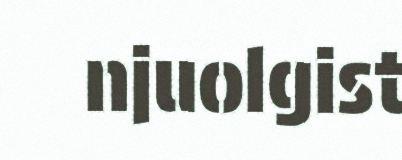
njuolgist